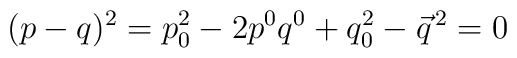
(p-q)^2=p_0^2-2p^0q^0+q_0^2-\vec{q}^{\,2}=0